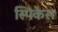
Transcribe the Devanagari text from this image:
स्पिकेस